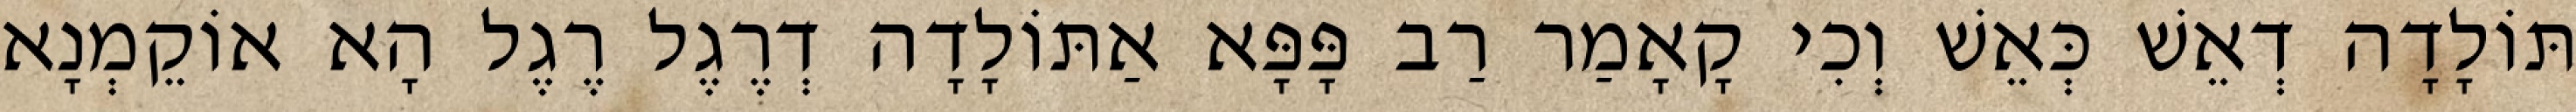
תּוֹלָדָה דְאֵשׁ כְּאֵשׁ וְכִי קָאָמַר רַב פָּפָּא אַתּוֹלָדָה דְרֶגֶל רֶגֶל הָא אוֹקֵמְנָא